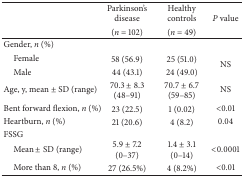
<table><thead><tr><td rowspan="2"><b> </b></td><td><b>Parkinson&#x27;s disease</b></td><td><b>Healthy controls</b></td><td rowspan="2"><b><i>P</i> value</b></td></tr><tr><td><b>(<i>n</i> = 102)</b></td><td><b>(<i>n</i> = 49)</b></td></tr></thead><tbody><tr><td>Gender, <i>n</i> (%)</td><td> </td><td> </td><td> </td></tr><tr><td> Female</td><td>58 (56.9)</td><td>25 (51.0)</td><td rowspan="2">NS</td></tr><tr><td> Male</td><td>44 (43.1)</td><td>24 (49.0)</td></tr><tr><td>Age, y, mean ± SD (range)</td><td>70.3 ± 8.3 (48–91)</td><td>70.7 ± 6.7 (59–85)</td><td>NS</td></tr><tr><td>Bent forward flexion, <i>n</i> (%)</td><td>23 (22.5)</td><td>1 (0.02)</td><td>&lt;0.01</td></tr><tr><td>Heartburn, <i>n</i> (%)</td><td>21 (20.6)</td><td>4 (8.2)</td><td>0.04</td></tr><tr><td>FSSG</td><td> </td><td> </td><td> </td></tr><tr><td> Mean ± SD (range)</td><td>5.9 ± 7.2 (0–37)</td><td>1.4 ± 3.1 (0–14)</td><td>&lt;0.0001</td></tr><tr><td> More than 8, <i>n</i> (%)</td><td>27 (26.5%)</td><td>4 (8.2%)</td><td>&lt;0.01</td></tr></tbody></table>